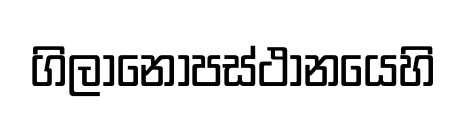
ගිලානෝපස්ථානයෙහි